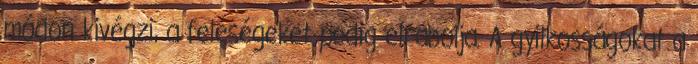
módon kivégzi, a feleségeket pedig elrabolja. A gyilkosságokat a